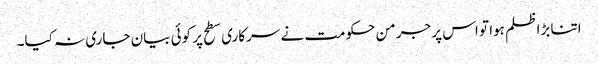
اتنا بڑا ظلم ہوا تو اس پر جرمن حکومت نے سرکاری سطح پر کوئی بیان جاری نہ کیا۔